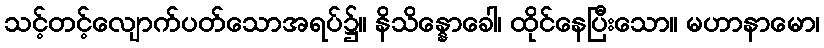
သင့်တင့်လျောက်ပတ်သောအရပ်၌။ နိသိန္နောခေါ၊ ထိုင်နေပြီးသော။ မဟာနာမော၊